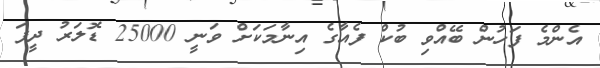
އެންމެ ފަހުން ބޭއްވި ބުކް ފެއާގެ އިނާމަކަށް ވަނީ 25000 ޑޮލަރު ދީފަ